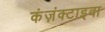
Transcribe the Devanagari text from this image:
कंज़ंक्टाइवा